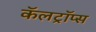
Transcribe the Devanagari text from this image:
कॅलट्रॉप्स